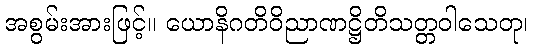
အစွမ်းအားဖြင့်။ ယောနိဂတိဝိညာဏဋ္ဌိတိသတ္တဝါသေတု၊